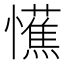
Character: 𢤼